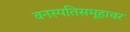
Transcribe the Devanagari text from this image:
वनस्पतिसमूहावर